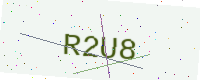
Text: R2U8